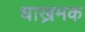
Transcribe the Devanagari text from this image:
धाख्रमक